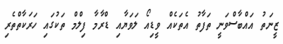
ޒީނަތު އައްބާސްވަނީ ތަފާތު އެތަކެއް ވީޑިއޯ ލަވަޔާއި ޑްރާމާ ފިލްމް ތަކުގައި ހަރަކާތްތެރި